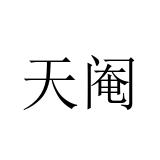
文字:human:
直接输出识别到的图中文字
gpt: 天阉